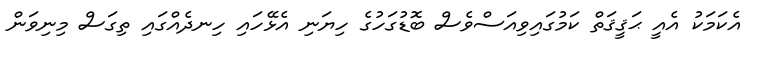
އެކަމަކު އެއީ ޙަޤީޤަތް ކަމުގައިވިއަސްވެސް ބޮޑުގަހުގެ ހިޔަނި އެޅޭހައި ހިނދެއްގައި ތިގަސް މިނިވަން